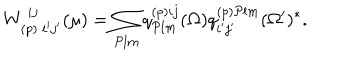
W _ { ( p ) \ i ^ { \prime } j ^ { \prime } } ^ { \ i j } ( \mu ) = \sum _ { { \cal P } l m } q _ { { \cal P } l m } ^ { ( p ) i j } ( \Omega ) q _ { i ^ { \prime } j ^ { \prime } } ^ { ( p ) { \cal P } l m } ( \Omega ^ { \prime } ) ^ { * } .